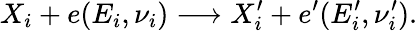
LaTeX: X_{i}+e(E_{i},\nu_{i})\longrightarrow X_{i}^{\prime}+e^{\prime}(E_{i}^{\prime},\nu_{i}^{\prime}).